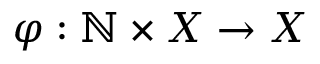
\varphi : \mathbb { N } \times X \to X